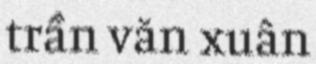
trần văn xuân